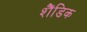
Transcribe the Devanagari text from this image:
शैंडिक